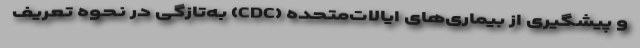
و پیشگیری از بیماری‌های ایالات‌متحده (CDC) به‌تازگی در نحوه تعریف